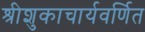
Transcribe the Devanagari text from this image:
श्रीशुकाचार्यवर्णित